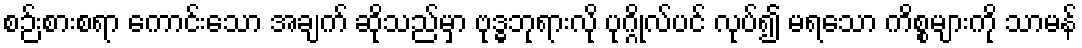
စဉ်းစားစရာ ကောင်းသော အချက် ဆိုသည်မှာ ဗုဒ္ဓဘုရားလို ပုဂ္ဂိုလ်ပင် လုပ်၍ မရသော ကိစ္စများကို သာမန်